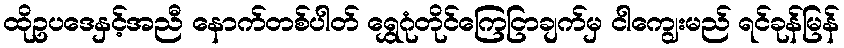
ထိုဥပဒေနှင့်အညီ နောက်တစ်ပါတ် ရွှေဂုံတိုင်ကြေငြာချက်မှ ငါကျွေးမည် ရင်ခုန်မြန်